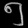
Digit: ၅